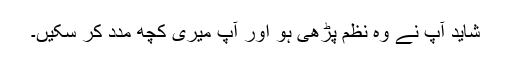
شاید آپ نے وہ نظم پڑھی ہو اور آپ میری کچھ مدد کر سکیں۔